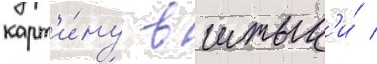
карт'и́ну в штык'и́ /